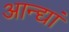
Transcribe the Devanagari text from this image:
आन्द्यां